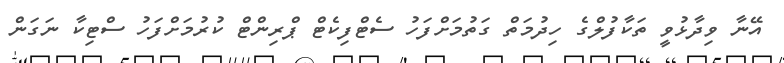
އޭނާ ވިދާޅުވީ ތަކާފުލްގެ ހިދުމަތް ގަތުމަށްފަހު ސެޓްފިކެޓް ޕްރިންޓް ކުރުމަށްފަހު ސްޓިކާ ނަގަން